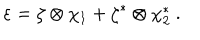
\varepsilon = \zeta \otimes \chi _ { 1 } + \zeta ^ { * } \otimes \chi _ { 2 } ^ { * } \ .